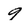
Character: 9